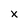
Character: x